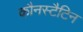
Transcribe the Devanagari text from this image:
कौनस्टैटिन